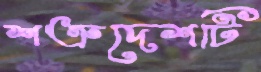
শত্রুদেশটি